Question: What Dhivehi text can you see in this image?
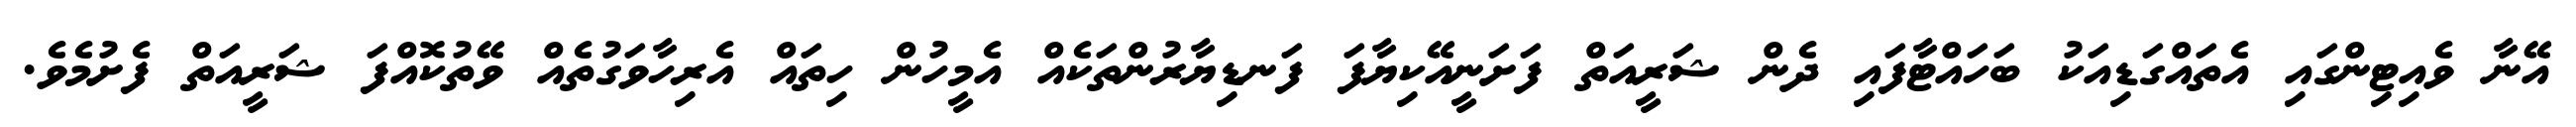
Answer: އޭނާ ވެއިޓިންގައި އެތައްގަޑިއަކު ބަހައްޓާފައި ދެން ޝަރީއަތް ފަށަނީއޭކިޔާފަ ފަނޑިޔާރުންތަކެއް އެމީހުން ހިތައް އެރިހާވަގުތެއް ވޭތުކޮއްފަ ޝަރީއަތް ފެށުމެވެ.